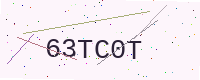
Text: 63TC0T